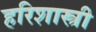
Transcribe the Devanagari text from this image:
हरिशास्त्री